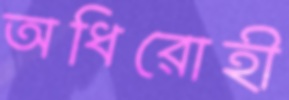
অধিরোহী